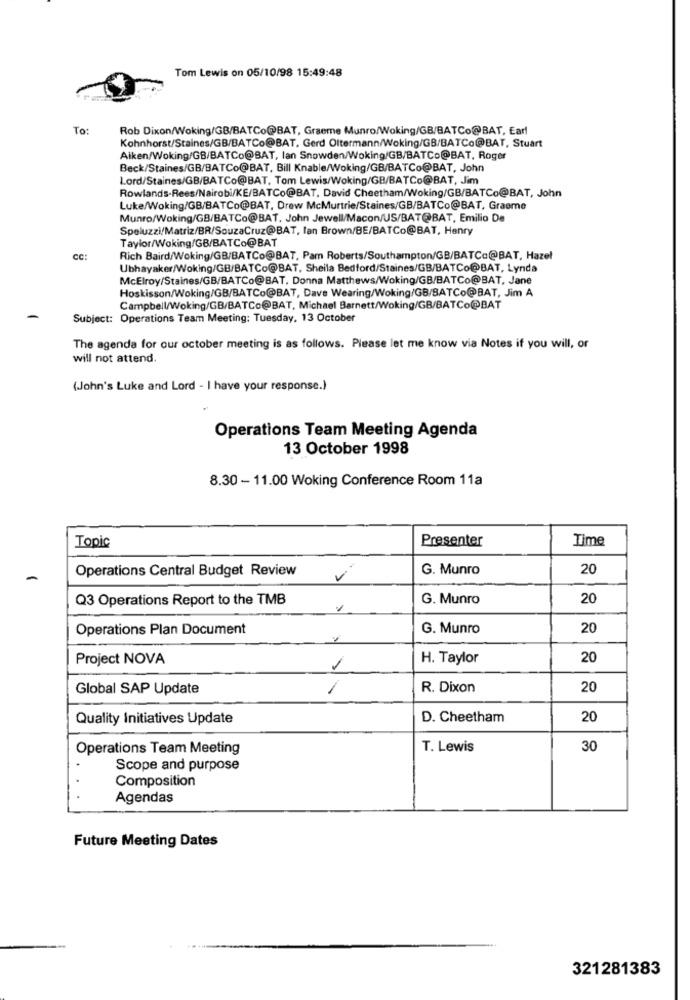
Tom Lewis on 05/10/98 15:49:48
To:
Rob Dixon/Woking/GB/BATCo@BAT, Graeme Munro/Woking/GB/BATCo@BAT, Earl
Kohnhorst/Staines/GB/BATCo@BAT, Gerd Oltermann/Woking/GB/BATCo@BAT, Stuart
Aiken/Woking/GB/BATCo@BAT, lan Snowden/Woking/GB/BATCo@BAT, Roger
Beck/Staines/GB/BATCo@BAT, Bill Knable/Woking/GB/BATCo@BAT, John
Lord/Staines/GB/BATCo@BAT, Tom Lewis/Woking/GB/BATCo@BAT, Jim
Rowlands-Rees/Nairobi/KE/BATCo@BAT, David Cheetham/Woking/GB/BATCo@BAT, John
Luke/Woking/GB/BATCo@BAT, Drew McMurtrie/Staines/GB/BATCo@BAT, Graeme
Munro/Woking/GB/BATCo@BAT, John Jewell/Macon/US/BAT@BAT, Emilio De
Speluzzi/Matriz/BR/SouzaCruz@BAT, lan Brown/BE/BATCo@BAT, Henry
Taylor/Woking/GB/BATCo@BAT
CC:
Rich Baird/Woking/GB/BATCo@BAT, Pam Roberts/Southampton/GB/BATCc@BAT, Hazel
Ubhayaker/Woking/GB/BATCo@BAT, Sheila Bedford/Staines/GB/BATCo@BAT, Lynda
McElroy/Staines/GB/BATCo@BAT, Donna Matthews/Woking/GB/BATCo@BAT, Jane
Hoskisson/Woking/GB/BATCo@BAT, Dave Wearing/Woking/GB/BATCo@BAT, Jim A
Campbell/Woking/GB/BATCo@BAT, Michael Barnett/Woking/GB/BATCo@BAT
Subject: Operations Team Meeting: Tuesday, 13 October
The agenda for our october meeting is as follows. Please let me know via Notes if you will, or
will not attend.
(John's Luke and Lord - I have your response.)
Operations Team Meeting Agenda
13 October 1998
8.30 - 11.00 Woking Conference Room 11a
Topic
Presenter
Time
Operations Central Budget Review
G. Munro
20
Q3 Operations Report to the TMB
G. Munro
20
Operations Plan Document
G. Munro
20
Project NOVA
H. Taylor
20
Global SAP Update
R. Dixon
20
Quality Initiatives Update
D. Cheetham
20
Operations Team Meeting
T. Lewis
30
Scope and purpose
Composition
Agendas
Future Meeting Dates
321281383